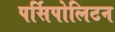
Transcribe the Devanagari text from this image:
पर्सिपोलिटन